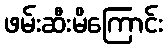
ဖမ်းဆီးမိကြောင်း